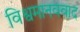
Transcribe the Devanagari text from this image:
विश्वमानववाद